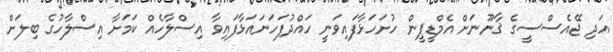
އަދި ޖޭއެސްސީގެ ޤާނޫނަށް އެމްޑީޕީން ހުށަހަޅާފައިވަނީ ހައްދުފަހަނައަޅާފައިވާ އިސްލާހެއް ކަމަށާ އިސްލާހުގެ ބިލަށް